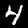
Label: 4